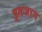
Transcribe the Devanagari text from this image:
इतजाम